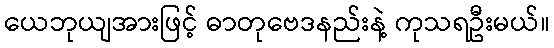
ယေဘုယျအားဖြင့် ဓာတုဗေဒနည်းနဲ့ ကုသရဦးမယ်။